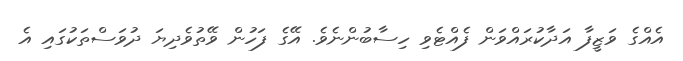
އެއްގެ ވަޒީފާ އަދާކުރައްވަން ފެއްޓެވި ހިސާބުންނެވެ. އޭގެ ފަހުން ވޭތުވެދިޔަ ދުވަސްތަކުގައި އެ